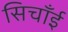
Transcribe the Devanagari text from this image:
सिचाँई